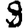
Digit: 9